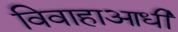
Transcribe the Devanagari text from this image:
विवाहाआधी